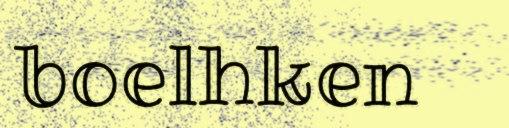
boelhken